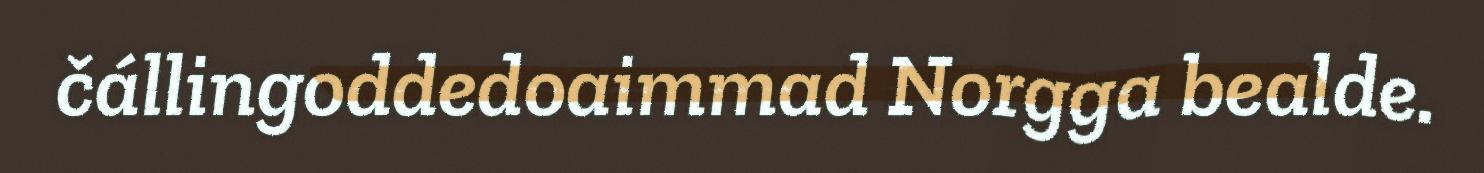
čállingoddedoaimmad Norgga bealde.